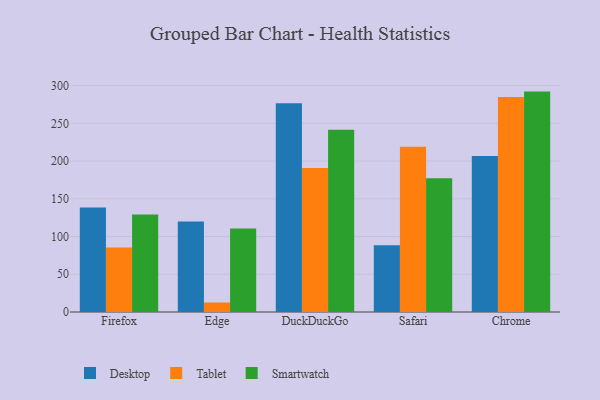
{"axis": {"x": "Browser", "y": "Active Users"}, "legend": ["Desktop", "Smartwatch", "Tablet"], "data": [{"x": "Firefox", "y": 138.4, "type": "Desktop"}, {"x": "Firefox", "y": 85.6, "type": "Tablet"}, {"x": "Firefox", "y": 129.3, "type": "Smartwatch"}, {"x": "Edge", "y": 119.9, "type": "Desktop"}, {"x": "Edge", "y": 12.6, "type": "Tablet"}, {"x": "Edge", "y": 110.5, "type": "Smartwatch"}, {"x": "DuckDuckGo", "y": 276.8, "type": "Desktop"}, {"x": "DuckDuckGo", "y": 190.9, "type": "Tablet"}, {"x": "DuckDuckGo", "y": 241.5, "type": "Smartwatch"}, {"x": "Safari", "y": 88.5, "type": "Desktop"}, {"x": "Safari", "y": 219.1, "type": "Tablet"}, {"x": "Safari", "y": 177.2, "type": "Smartwatch"}, {"x": "Chrome", "y": 206.8, "type": "Desktop"}, {"x": "Chrome", "y": 285.0, "type": "Tablet"}, {"x": "Chrome", "y": 292.1, "type": "Smartwatch"}]}